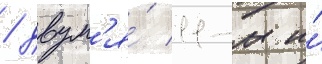
/ двум'я́ 11-м и́